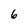
Character: 6